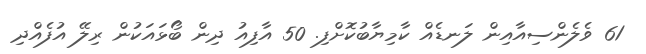
61 ވެލެންސިއާއިން ލަނޑެއް ކާމިޔާބުކޮށްފި. 50 އާފިއު ދިން ބޯޅައަކުން ރިލޭ އުފެއްދި